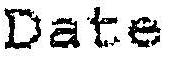
DATE